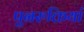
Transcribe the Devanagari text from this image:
पुनरुक्तियां